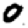
Digit: 0